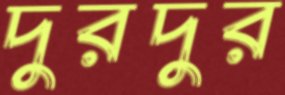
দুরদুর